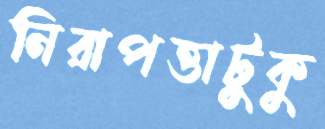
নিরাপত্তাটুকু